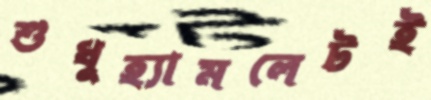
শুধুহ্যামলেটই